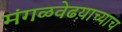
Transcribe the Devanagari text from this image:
मंगळवेढय़ाच्याच